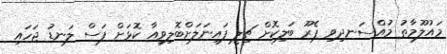
މައުލޫމާތު މުއްސަނދިވި ޕެރޫ ބަލިކޮށް ޗިލީ ފައިނަލަށްބޮލިވިއާ ކޮޅަށް ފަސް ލަނޑު ޖަހައި